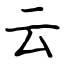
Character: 云